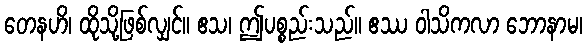
တေနဟိ၊ ထိုသို့ဖြစ်လျှင်။ ဧသ၊ ဤပစ္စည်းသည်။ ဧဿ ဝါသိကလာ ဘောနာမ၊